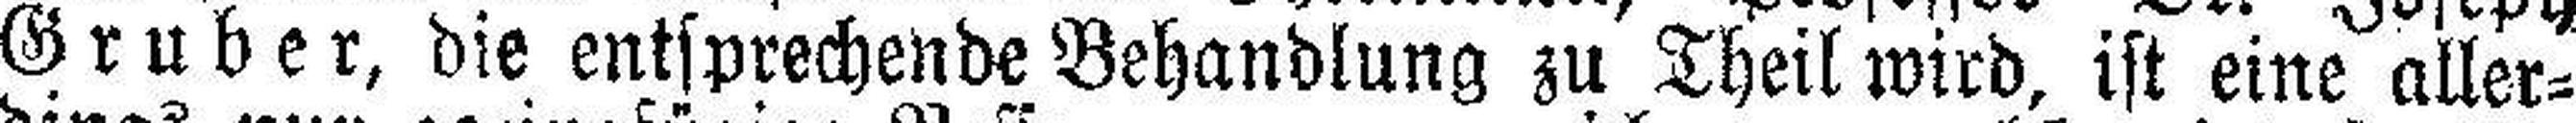
Gruber, die entsprechende Behandlung zu Theil wird, ist eine aller¬